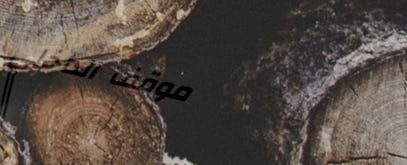
موقف الداخلي